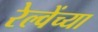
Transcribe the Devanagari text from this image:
रेल्वेंच्या